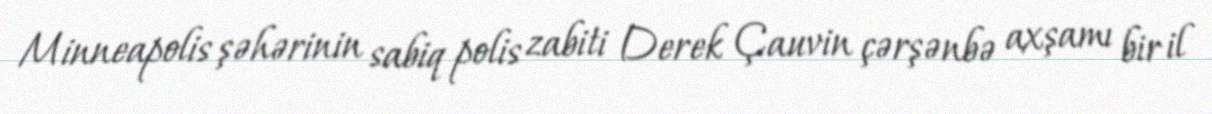
Minneapolis şəhərinin sabiq polis zabiti Derek Çauvin çərşənbə axşamı bir il